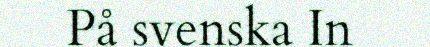
På svenska In